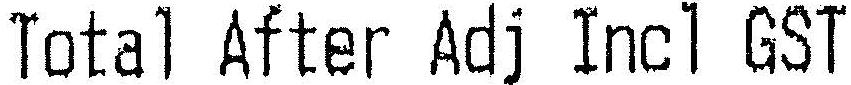
TOTAL AFTER ADJ INCL GST